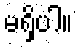
မရှိပါ။